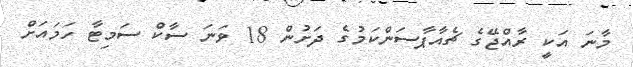
މާނަ އަކީ ރާއްޖޭގެ ޗެއާޕާސަންކަމުގެ ދަށުން 18 ވަނަ ސާކް ސަމިޓާ ހަމައަށް